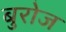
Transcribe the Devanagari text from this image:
बुरोज